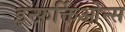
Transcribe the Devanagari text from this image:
इन्फ़र्क्तिओन्स